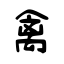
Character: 禽